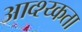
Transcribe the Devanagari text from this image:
आव्श्य्कता